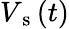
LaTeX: V_{\mathrm{~s~}}(t)